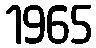
1965